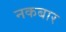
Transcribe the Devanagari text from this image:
नकबार